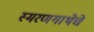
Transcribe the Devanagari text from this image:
स्मरणगाथेचे